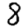
Digit: 8